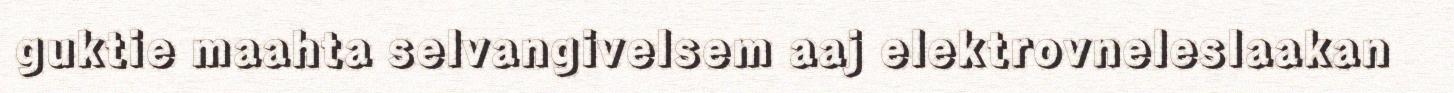
guktie maahta selvangivelsem aaj elektrovneleslaakan